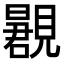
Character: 𬢂